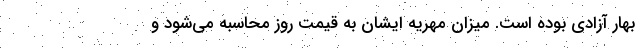
بهار آزادی بوده است. میزان مهریه ایشان به قیمت روز محاسبه می‌شود و